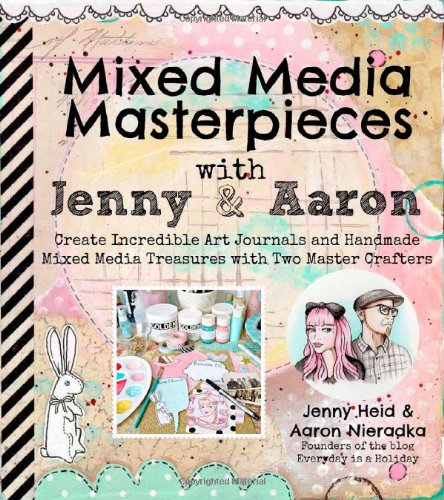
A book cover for Mixed Media Masterpieces with Jenny & Aaron: Create Incredible Art Journals and Handmade Mixed Media Treasures with Two Master Crafters; Jenny Heid; Crafts, Hobbies & Home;